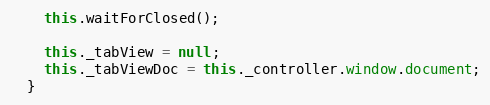
Language: JavaScript
    this.waitForClosed();

    this._tabView = null;
    this._tabViewDoc = this._controller.window.document;
  }